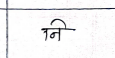
मजकूर: नि